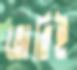
তোরিই